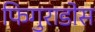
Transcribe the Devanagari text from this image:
फिगुराडोस